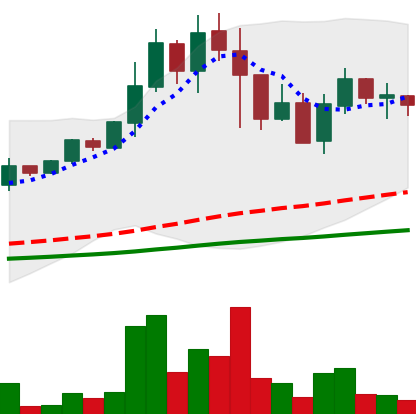
Ticker: DOGE-USD
Chart end date: 2021-05-17
Forward return: -29.826%
Label: down_7plus